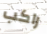
راكب